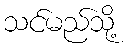
သင်မည်သို့